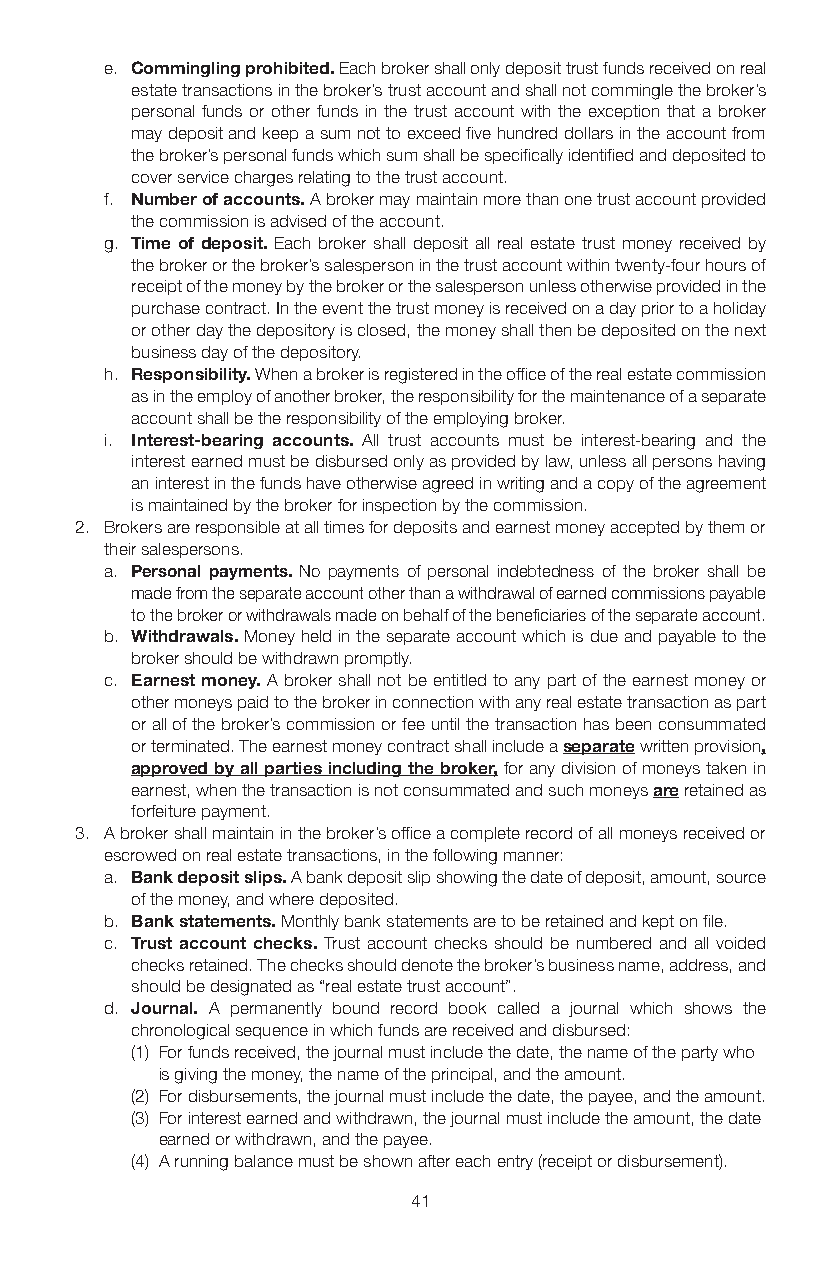
e. Commingling prohibited. Each broker shall only deposit trust funds received on real
 estate transactions in the broker’s trust account and shall not commingle the broker’s
 personal funds or other funds in the trust account with the exception that a broker
 may deposit and keep a sum not to exceed five hundred dollars in the account from
 the broker’s personal funds which sum shall be specifically identified and deposited to
 cover service charges relating to the trust account.
 f. Number of accounts. A broker may maintain more than one trust account provided
 the commission is advised of the account.
 g. Time of deposit. Each broker shall deposit all real estate trust money received by
 the broker or the broker’s salesperson in the trust account within twenty-four hours of
 receipt of the money by the broker or the salesperson unless otherwise provided in the
 purchase contract. In the event the trust money is received on a day prior to a holiday
 or other day the depository is closed, the money shall then be deposited on the next
 business day of the depository.
 h. Responsibility. When a broker is registered in the office of the real estate commission
 as in the employ of another broker, the responsibility for the maintenance of a separate
 account shall be the responsibility of the employing broker.
 i. Interest-bearing accounts. All trust accounts must be interest-bearing and the
 interest earned must be disbursed only as provided by law, unless all persons having
 an interest in the funds have otherwise agreed in writing and a copy of the agreement
 is maintained by the broker for inspection by the commission.
 2. Brokers are responsible at all times for deposits and earnest money accepted by them or
 their salespersons.
 a. Personal payments. No payments of personal indebtedness of the broker shall be
 made from the separate account other than a withdrawal of earned commissions payable
 to the broker or withdrawals made on behalf of the beneficiaries of the separate account.
 b. Withdrawals. Money held in the separate account which is due and payable to the
 broker should be withdrawn promptly.
 c. Earnest money. A broker shall not be entitled to any part of the earnest money or
 other moneys paid to the broker in connection with any real estate transaction as part
 or all of the broker’s commission or fee until the transaction has been consummated
 or terminated. The earnest money contract shall include a separate written provision,
 approved by all parties including the broker, for any division of moneys taken in
 earnest, when the transaction is not consummated and such moneys are retained as
 forfeiture payment.
 3. A broker shall maintain in the broker’s office a complete record of all moneys received or
 escrowed on real estate transactions, in the following manner:
 a. Bank deposit slips. A bank deposit slip showing the date of deposit, amount, source
 of the money, and where deposited.
 b. Bank statements. Monthly bank statements are to be retained and kept on file.
 c. Trust account checks. Trust account checks should be numbered and all voided
 checks retained. The checks should denote the broker’s business name, address, and
 should be designated as “real estate trust account”.
 d. Journal. A permanently bound record book called a journal which shows the
 chronological sequence in which funds are received and disbursed:
 (1) For funds received, the journal must include the date, the name of the party who
 is giving the money, the name of the principal, and the amount.
 (2) For disbursements, the journal must include the date, the payee, and the amount.
 (3) For interest earned and withdrawn, the journal must include the amount, the date
 earned or withdrawn, and the payee.
 (4) A running balance must be shown after each entry (receipt or disbursement).
 41